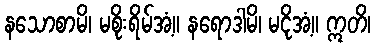
နသောစာမိ၊ မစိုးရိမ်အံ့။ နရောဒါမိ၊ မငိုအံ့။ ဣတိ၊